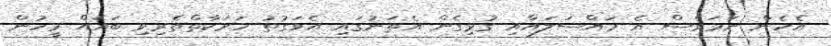
އެހެން ނަމަވެސް އެ މައްސަލައާއި ގުޅިގެން އެތަނުގައި އެވަގުތު ހަރަކާތްތެރިވި ބައެއް މީހުން